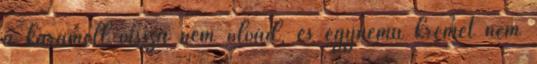
a karamell vissza nem olvad, és egynemű krémet nem